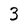
Character: 3